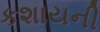
કશાયની